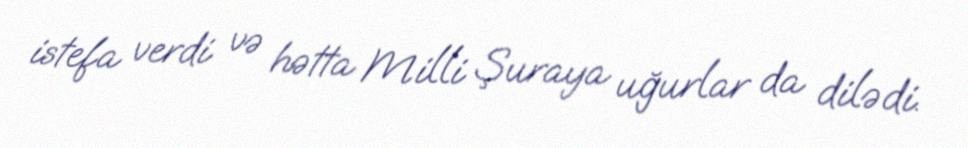
istefa verdi və hətta Milli Şuraya uğurlar da dilədi.